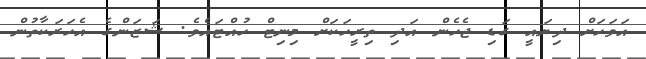
އަވަހަށް ދިޔައީ ގަޑި ޖެހެން އަދި ތިރީހަކަށް މިިނިޓް ހުއްޓައެވެ. ޝަޒަންގެ އެހަރަކާތުން